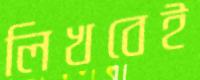
লিখবেই